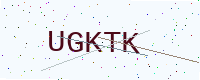
Text: UGKTK